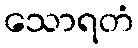
သောရတံ